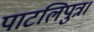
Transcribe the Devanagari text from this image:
पाटलिपुत्र।